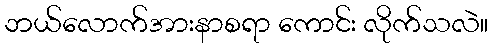
ဘယ်လောက်အားနာစရာ ကောင်း လိုက်သလဲ။